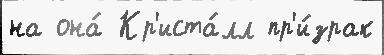
на она́ Кр'иста́лл пр'и́зрак